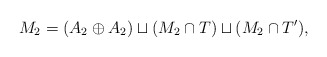
\begin{align*}M_2 = (A_2\oplus A_2) \sqcup (M_2\cap T) \sqcup (M_2 \cap T'),\end{align*}